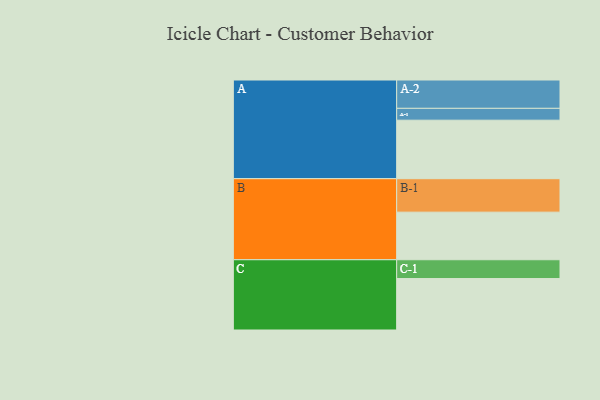
{"axis": {"x": "Segment", "y": "Value"}, "legend": ["", "A", "B", "C"], "data": [{"x": "A", "y": 504, "type": ""}, {"x": "B", "y": 410, "type": ""}, {"x": "C", "y": 443, "type": ""}, {"x": "A-1", "y": 102, "type": "A"}, {"x": "A-2", "y": 244, "type": "A"}, {"x": "B-1", "y": 288, "type": "B"}, {"x": "C-1", "y": 162, "type": "C"}]}